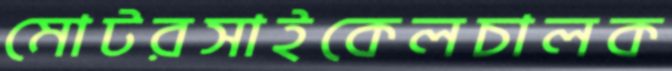
মোটরসাইকেলচালক